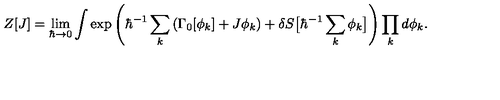
Z [ J ] = \lim _ { \hbar \to 0 } \int \exp \left( \hbar ^ { - 1 } \sum _ { k } \left( \Gamma _ { 0 } [ \phi _ { k } ] + J \phi _ { k } \right) + \delta S \big [ \hbar ^ { - 1 } \sum _ { k } \phi _ { k } \big ] \right) \prod _ { k } d \phi _ { k } .